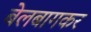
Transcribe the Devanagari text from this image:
बेलबागकर